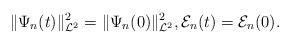
LaTeX: \begin{align*}\Vert\Psi_n(t)\Vert^{2}_{\mathcal{L}^{2}} = \Vert\Psi_n(0)\Vert^{2}_{\mathcal{L}^{2}},\mathcal{E}_{n}(t) = \mathcal{E}_{n}(0).\end{align*}